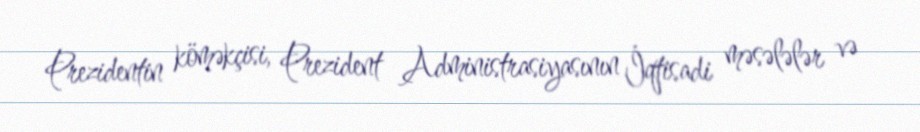
Prezidentin köməkçisi, Prezident Administrasiyasının İqtisadi məsələlər və